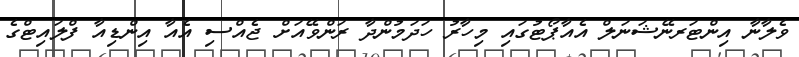
ވެލާނާ އިންޓަރނޭޝަނަލް އެއާޕޯޓުގައި މިހާރު ހަދަމުންދާ ރަންވޭއަށް ޖެއްސި އެއާ އިންޑިއާ ފްލައިޓްގެ